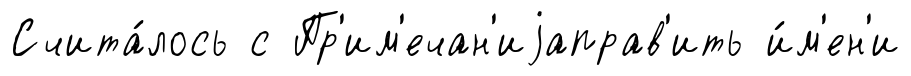
Счита́лось с Пр'им'ечан'иjаправ'ить и́м'ен'и